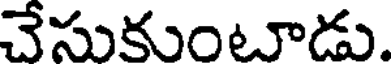
చేసుకుంటూడు.